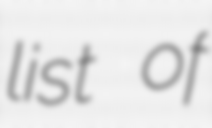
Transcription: list of